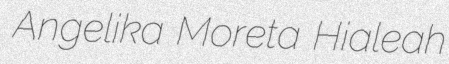
Angelika Moreta Hialeah